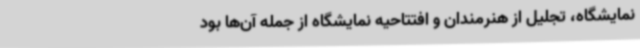
نمایشگاه، تجلیل از هنرمندان و افتتاحیه نمایشگاه از جمله آن‌ها بود